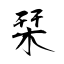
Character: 栞